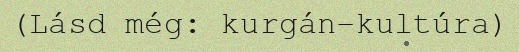
(Lásd még: kurgán-kultúra)